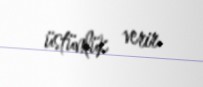
üstünlük verir.